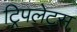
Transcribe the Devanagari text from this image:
ट्रिपलेट्स